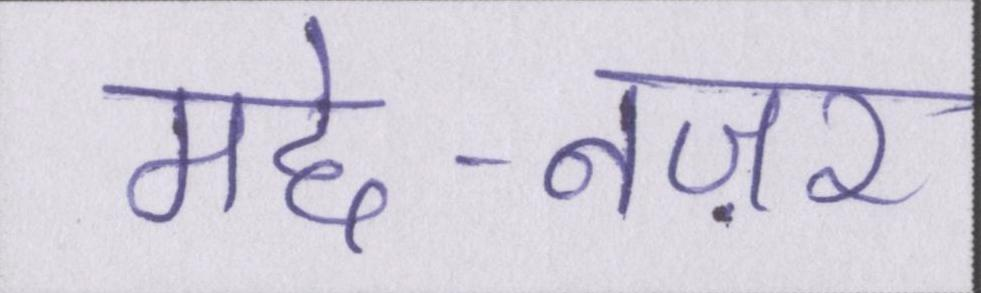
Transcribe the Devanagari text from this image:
मद्दे-नज़र